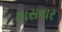
માસવાર